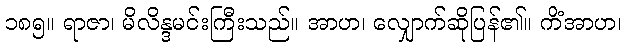
၁၈၅။ ရာဇာ၊ မိလိန္ဒမင်းကြီးသည်။ အာဟ၊ လျှောက်ဆိုပြန်၏။ ကိံအာဟ၊